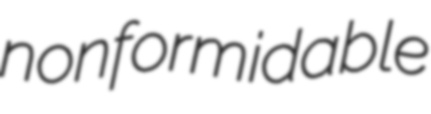
nonformidable